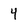
Character: 4